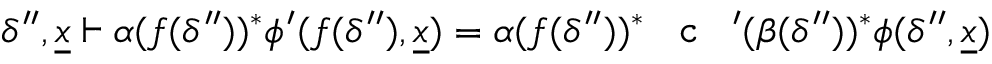
\delta ^ { \prime \prime } , \underline { { x } } \vdash \alpha ( f ( \delta ^ { \prime \prime } ) ) ^ { * } \phi ^ { \prime } ( f ( \delta ^ { \prime \prime } ) , \underline { { x } } ) = \alpha ( f ( \delta ^ { \prime \prime } ) ) ^ { * } \textnormal { \texttt { c } } ^ { \prime } ( \beta ( \delta ^ { \prime \prime } ) ) ^ { * } \phi ( \delta ^ { \prime \prime } , \underline { { x } } )